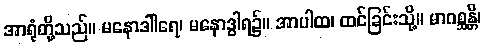
အာရုံတို့သည်။ မနောဒါါရေ၊ မနောဒွါရ၌။ အာပါထ၊ ထင်ခြင်းသို့။ မာဂစ္ဆန္တိ၊